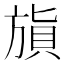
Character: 𣄌